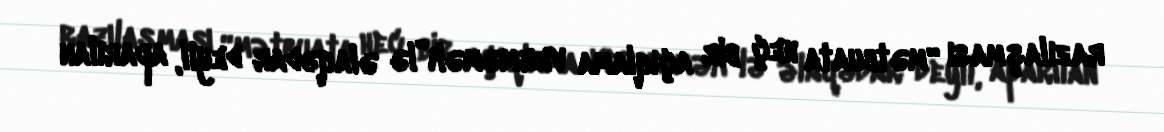
razılaşması “mətbuata heç bir açıqlama verməmək”lə əlaqədar deyil, aparılan